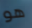
هو